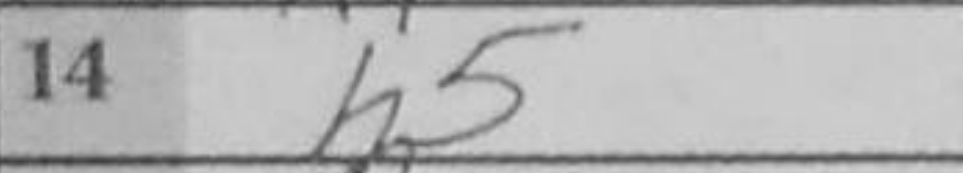
Transcription: h5